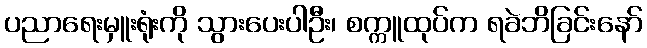
ပညာရေးမှူးရုံးကို သွားပေးပါဦး၊ စက္ကူထုပ်က ရခဲဘိခြင်းနော်